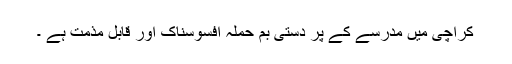
کراچی میں مدرسے کے پر دستی بم حملہ افسوسناک اور قابل مذمت ہے ۔